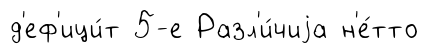
д'еф'ици́т 5-е Разл'и́чиjа н'е́тто